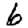
Digit: 6